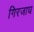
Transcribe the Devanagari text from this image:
गिरजाघ